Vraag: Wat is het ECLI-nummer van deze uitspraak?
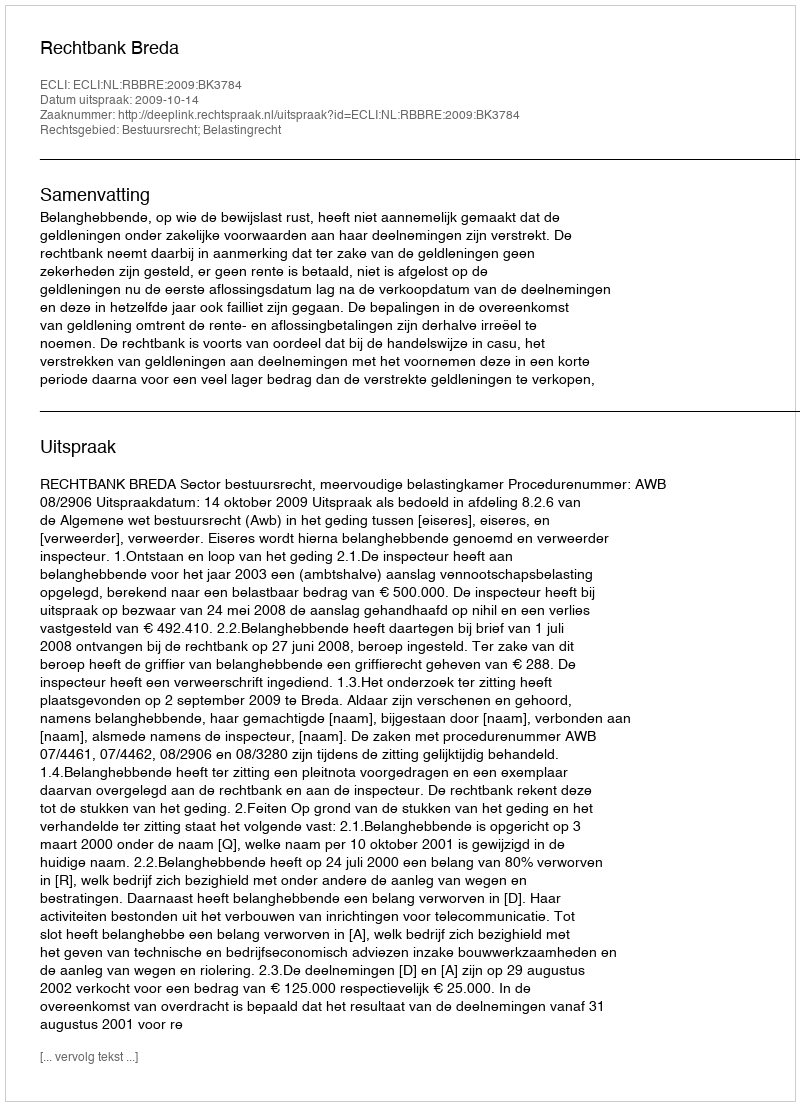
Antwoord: ECLI:NL:RBBRE:2009:BK3784